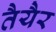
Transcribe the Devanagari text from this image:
तैयैर